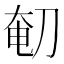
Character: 𰄴